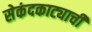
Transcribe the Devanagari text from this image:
सेकंदकाट्याची